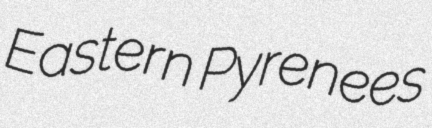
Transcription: Eastern Pyrenees